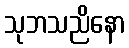
သုဘသညိနော